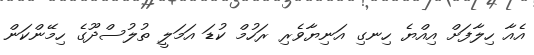
އެއާ ހިލާފަށް އިއްޔެ ހިނގި އަނިޔާވެރި ރަހުމް ކުޑަ އަމަލީ ތުލުސްދޫގެ ހިމޭންކަން